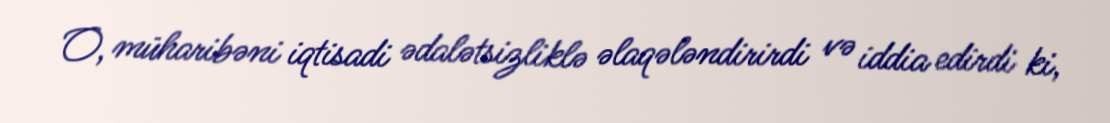
O, müharibəni iqtisadi ədalətsizliklə əlaqələndirirdi və iddia edirdi ki,